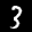
Label: 3